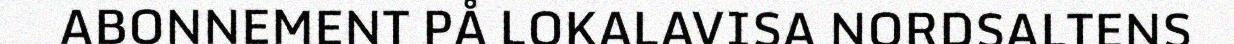
ABONNEMENT PÅ LOKALAVISA NORDSALTENS